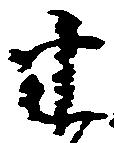
半